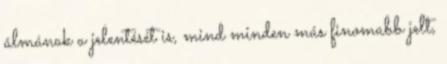
álmának a jelentését is, mind minden más finomabb jelt,